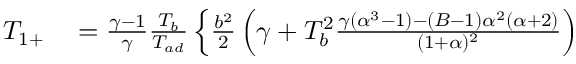
\begin{array} { r l } { T _ { 1 + } } & { { } = \frac { \gamma - 1 } { \gamma } \frac { T _ { b } } { T _ { a d } } \left\{ \frac { b ^ { 2 } } { 2 } \left( \gamma + T _ { b } ^ { 2 } \frac { \gamma ( \alpha ^ { 3 } - 1 ) - ( B - 1 ) \alpha ^ { 2 } ( \alpha + 2 ) } { ( 1 + \alpha ) ^ { 2 } } \right) \right. } \end{array}